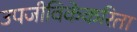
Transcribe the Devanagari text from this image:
उपजीविकेकरिता